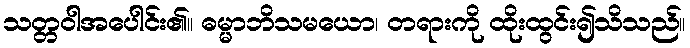
သတ္တဝါအပေါင်း၏။ ဓမ္မာဘိသမယော၊ တရားကို ထိုးထွင်း၍သိသည်။